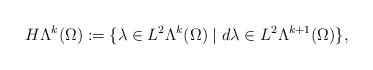
LaTeX: \begin{align*}H\Lambda^{k}(\Omega):=\{\lambda\in L^{2}\Lambda^{k}(\Omega)\mid d\lambda\in L^{2}\Lambda^{k+1}(\Omega)\},\end{align*}